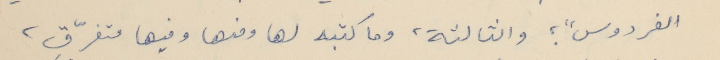
الفردوس" ؛ والثالثة، وما كتبه لها ومنها وفيها متفرّق،